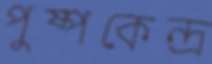
পুষ্পকেন্দ্র